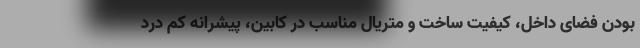
بودن فضای داخل، کیفیت ساخت و متریال مناسب در کابین، پیشرانه کم درد